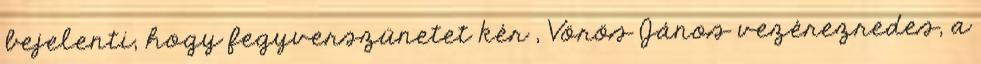
bejelenti, hogy fegyverszünetet kér , Vörös János vezérezredes, a